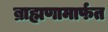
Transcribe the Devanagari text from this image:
ब्राह्मणामार्फत